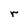
Character: r